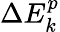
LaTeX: \Delta E_{k}^{p}